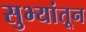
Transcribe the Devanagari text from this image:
सुभ्यांतून